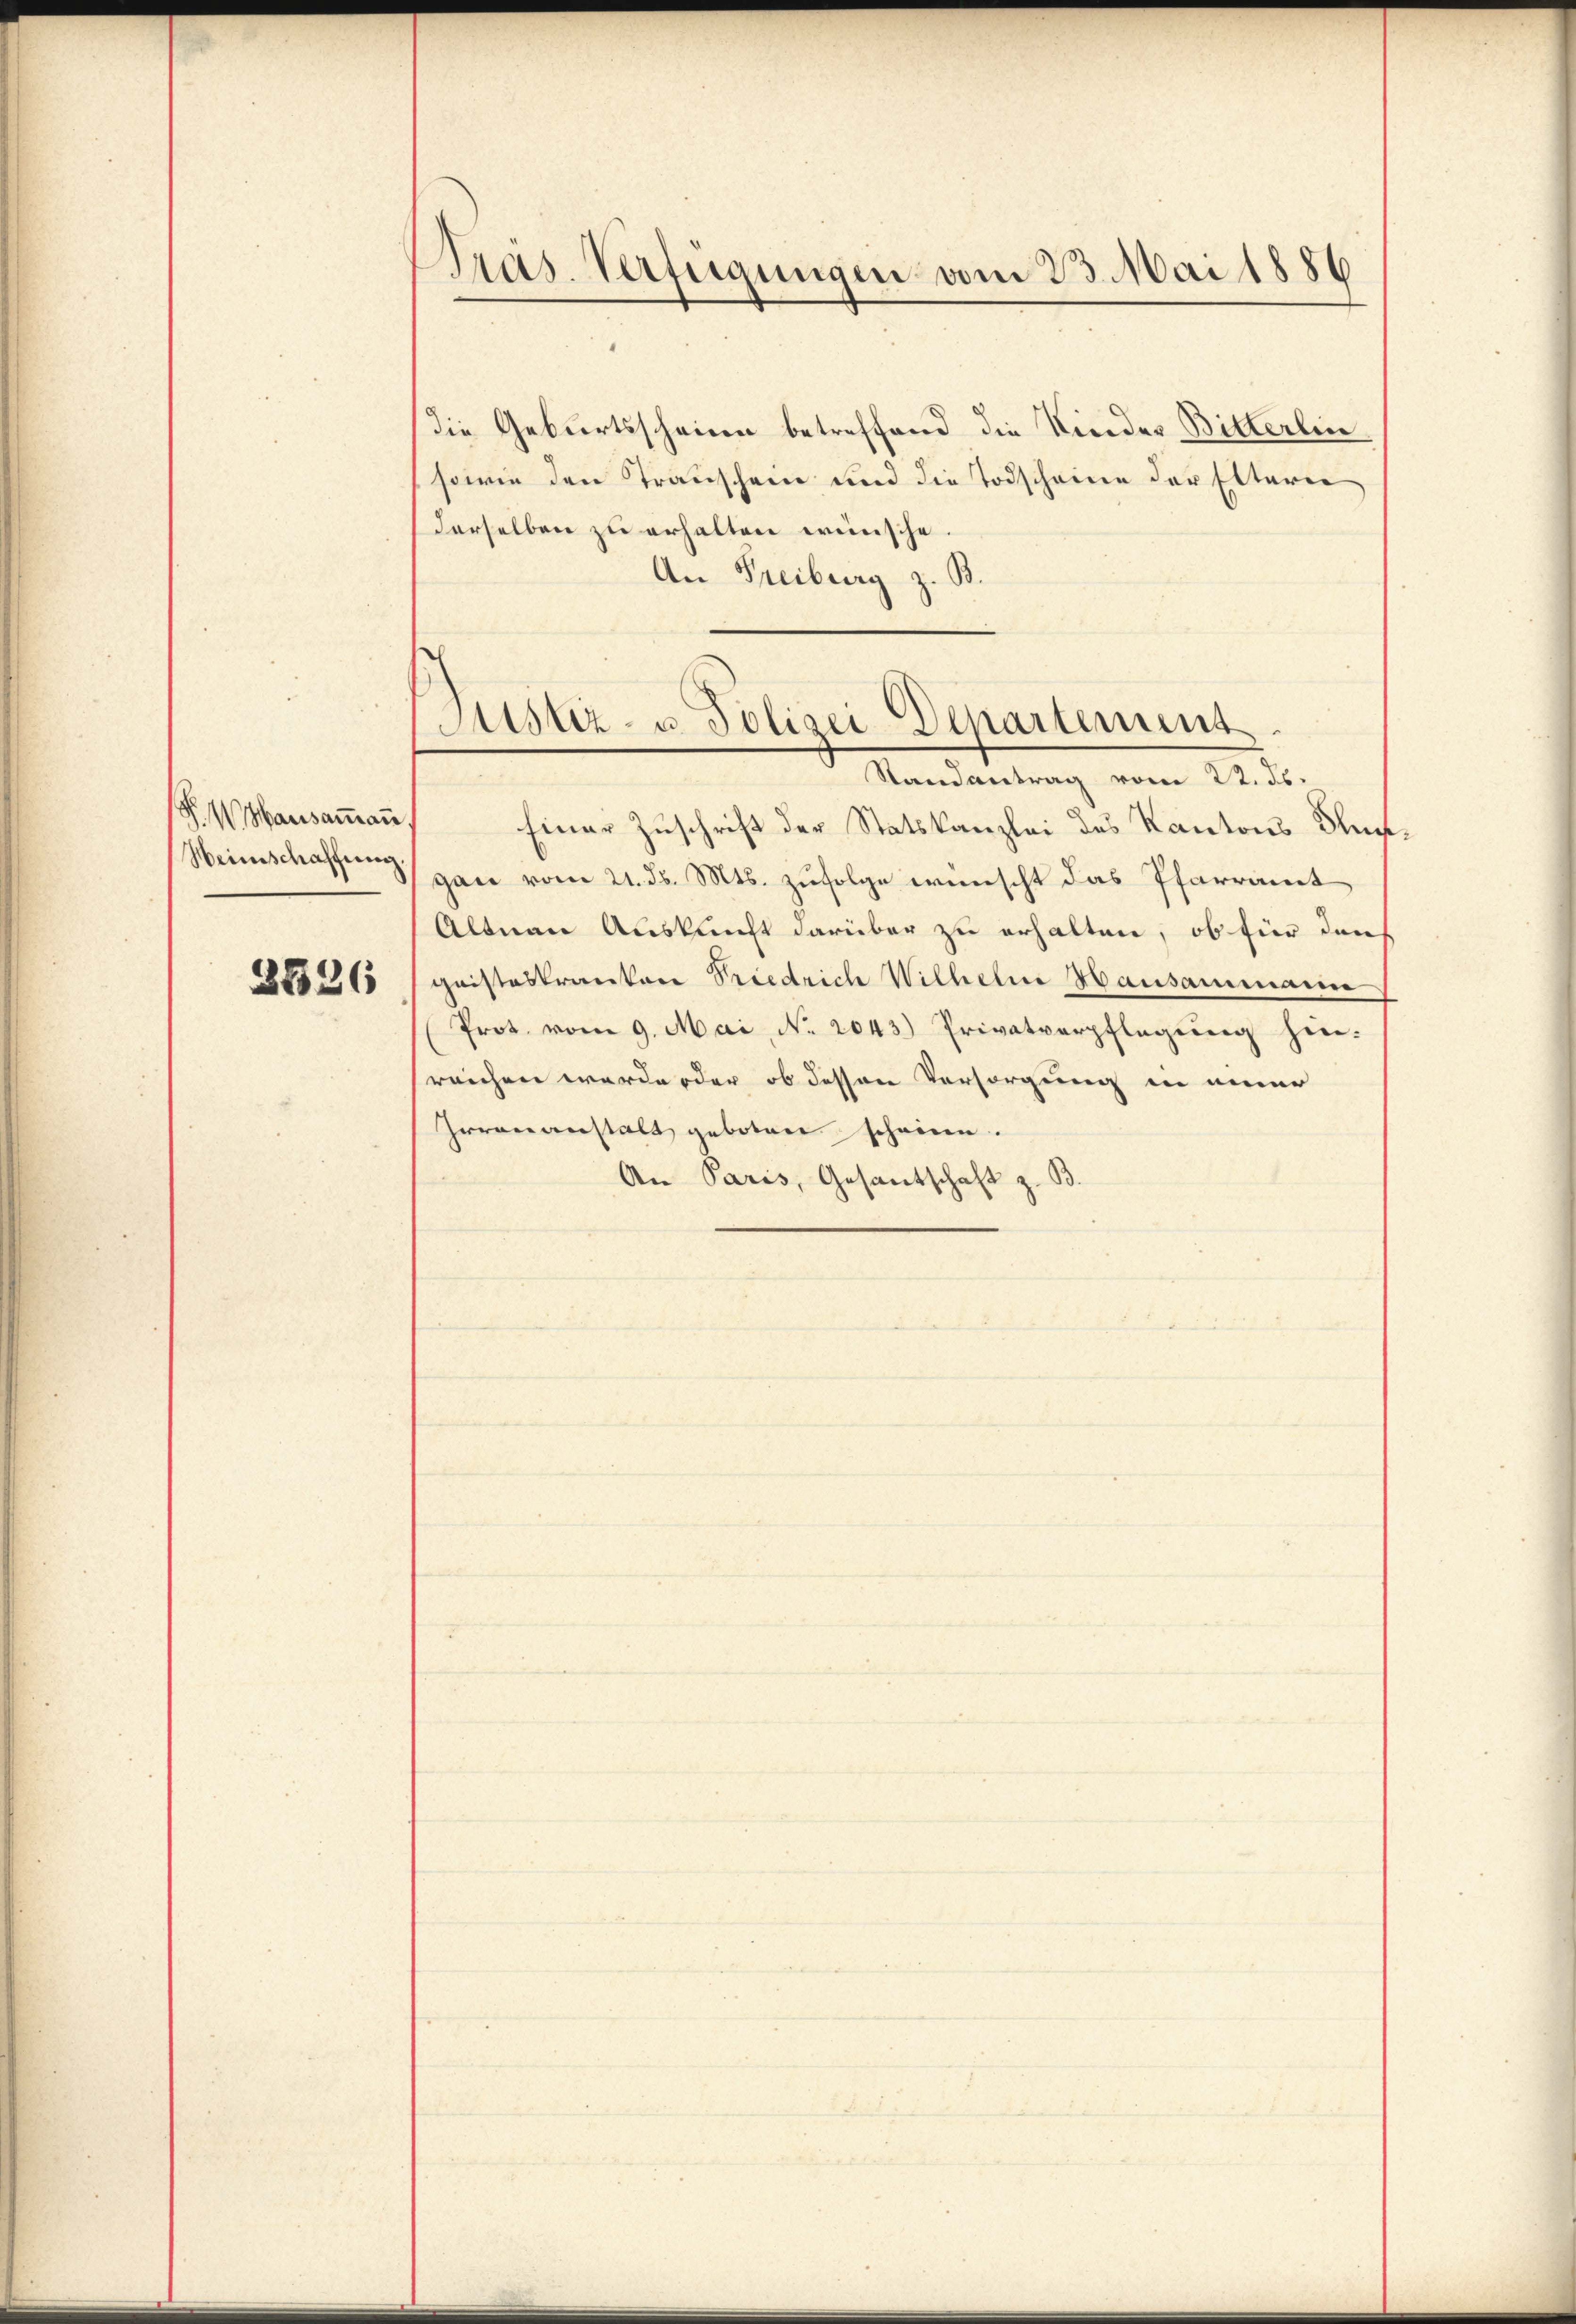
P. W. Hausammann
Heimschaffung.
2326

die Geburtsscheinen betreffend die Kinder Bitterlin
sowie den Transchein und die Todscheine der Eltern
derselben zu erhalten wünsche
An Freiburg z. B.

Pras. Verfügungen vom 23. Mai 1886

Justiz- u. Polizei Departement
Randantrag vom 22. ds.

Einer Zuschrift der Statskanzlei des Kantons Blungan vom 21. ds. Mts. zufolge wünscht das Pfarramt
Altnau Auskunft darüber zu erhalten, ob für dans
gaisteskranken Priedrich Wilhelm Hausammann
Prot. vom 9. Mai, No. 2043.) Privatverpflegung hinreichen wordender ob dessen Versorgung in einer
Irrenanstalt geboten scheine.
An Paris, Gesantschaft z. B